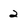
Character: 2